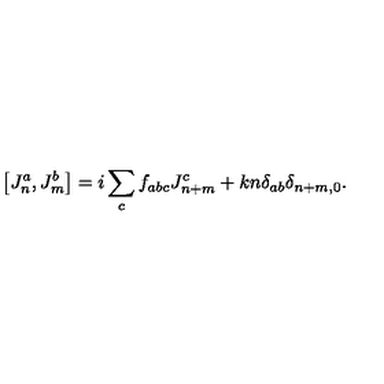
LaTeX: \left[ J _ { n } ^ { a } , J _ { m } ^ { b } \right] = i \sum _ { c } f _ { a b c } J _ { n + m } ^ { c } + k n \delta _ { a b } \delta _ { n + m , 0 } .